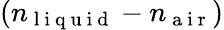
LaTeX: (n_{\mathrm{~l~i~q~u~i~d~}}-n_{\mathrm{~a~i~r~}})